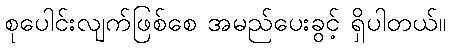
စုပေါင်းလျက်ဖြစ်စေ အမည်ပေးခွင့် ရှိပါတယ်။